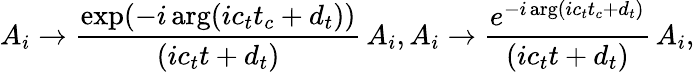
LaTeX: A_{i}\rightarrow{\frac{\exp(-i\arg(ic_{t}t_{c}+d_{t}))}{(ic_{t}t+d_{t})}}\, A_{i},A_{i}\rightarrow{\frac{e^{-i\arg(ic_{t}t_{c}+d_{t})}}{(ic_{t}t+d_{t})}}\, A_{i},